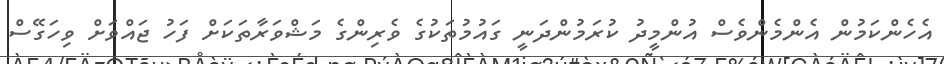
އެހެންކަމުން އެންމެންވެސް އުންމީދު ކުރަމުންދަނީ ގައުމުތަކުގެ ވެރިންގެ މަޝްވަރާތަކަށް ފަހު ޖައްވަށް ވިހަގޭސް